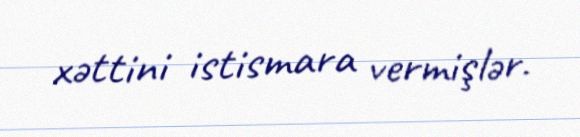
xəttini istismara vermişlər.